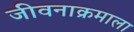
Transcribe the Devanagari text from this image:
जीवनाक्रमाला